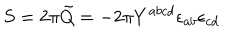
LaTeX: S = 2 \pi \tilde { Q } = - 2 \pi Y ^ { a b c d } \epsilon _ { a b } { \epsilon } _ { c d }